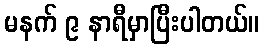
မနက် ၉ နာရီမှာပြီးပါတယ်။